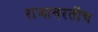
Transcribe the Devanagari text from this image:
राजावरतीच